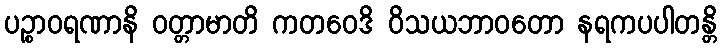
ပဉ္စာဝရဏာနိ ဝတ္တာမာတိ ကတဝေဒိ ဝိသယဘာဝတော နရကပပါတန္တိ